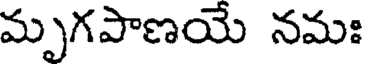
మృగపాణయే నమః